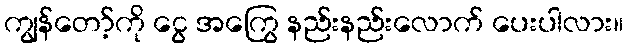
ကျွန်တော့်ကို ငွေ အကြွေ နည်းနည်းလောက် ပေးပါလား။